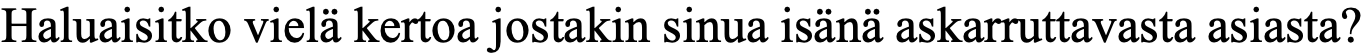
Haluaisitko vielä kertoa jostakin sinua isänä askarruttavasta asiasta?